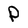
Character: P